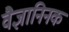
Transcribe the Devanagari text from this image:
वैज्ञानिनक